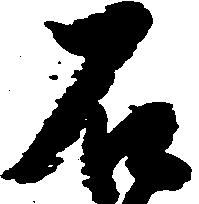
石